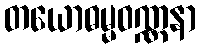
တယောဓမ္မဝဏ္ဏနာ